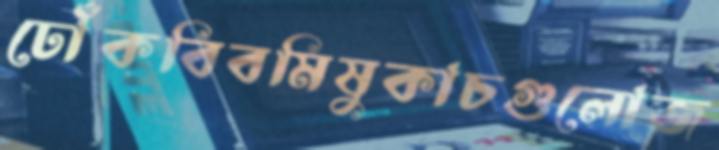
ঢোঁকবিবমিষুকাচগুলোজ